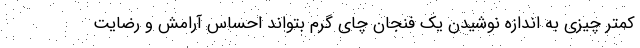
کمتر چیزی به اندازه نوشیدن یک فنجان چای گرم بتواند احساس آرامش و رضایت